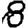
Digit: 8